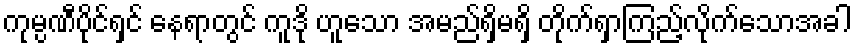
ကုမ္ပဏီပိုင်ရှင် နေရာတွင် ကူဒို ဟူသော အမည်ရှိမရှိ တိုက်ရှာကြည့်လိုက်သောအခါ